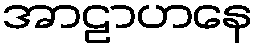
အာဠာဟနေ